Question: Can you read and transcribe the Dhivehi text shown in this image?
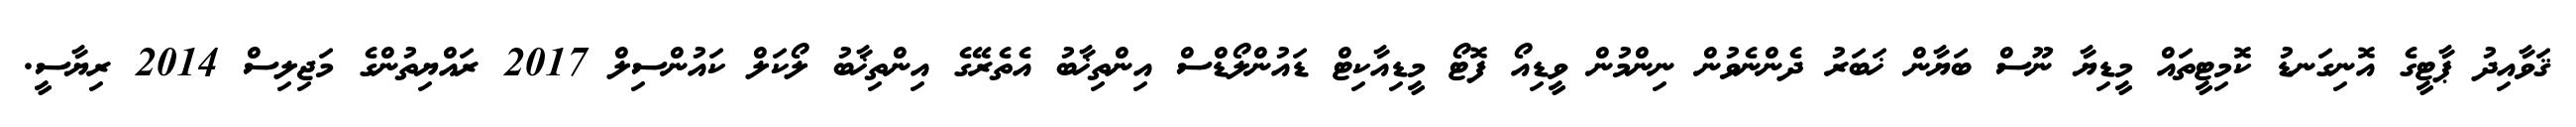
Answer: ޤަވާއިދު ޕާޓީގެ އޮނިގަނޑު ކޮމިޓީތައް މީޑިޔާ ނޫސް ބަޔާން ޚަބަރު ދެންނެވުން ނިންމުން ވީޑިއޯ ފޮޓޯ މީޑިއާކިޓް ޑައުންލޯޑްސް އިންތިޚާބު އެތެރޭގެ އިންތިޚާބު ލޯކަލް ކައުންސިލް 2017 ރައްޔިތުންގެ މަޖިލިސް 2014 ރިޔާސީ.